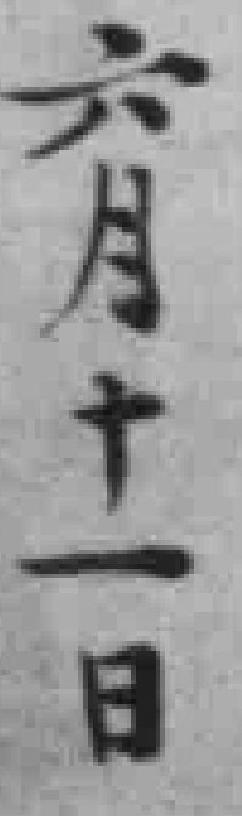
六月十一日